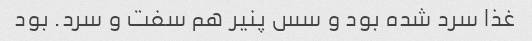
غذا سرد شده بود و سس پنیر هم سفت و سرد. بود